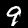
Label: 9